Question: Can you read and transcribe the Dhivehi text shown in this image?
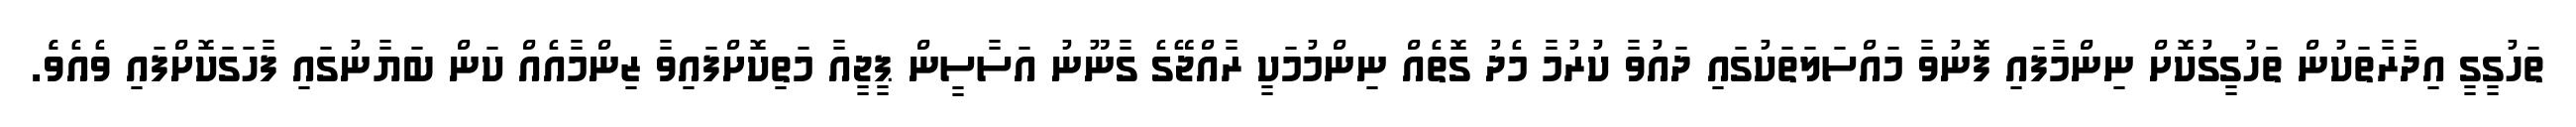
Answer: ތަހުގީގީ އިދާރާތަކުން ތަހުގީގުކޮށް ނިންމާފައި ފޮނުވާ މައްސަލަތަކުގައި ދައުވާ ކުރުމާ މެދު ގޮތެއް ނިންމުމަކީ ރާއްޖޭގެ ގާނޫނު އަސާސީން ޕީޖީއާ މަތިކޮށްފައިވާ ޒިންމާއެއް ކަން ބަޔާނުގައި ފާހަގަކޮށްފައި ވެއެވެެ.